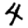
Digit: 4